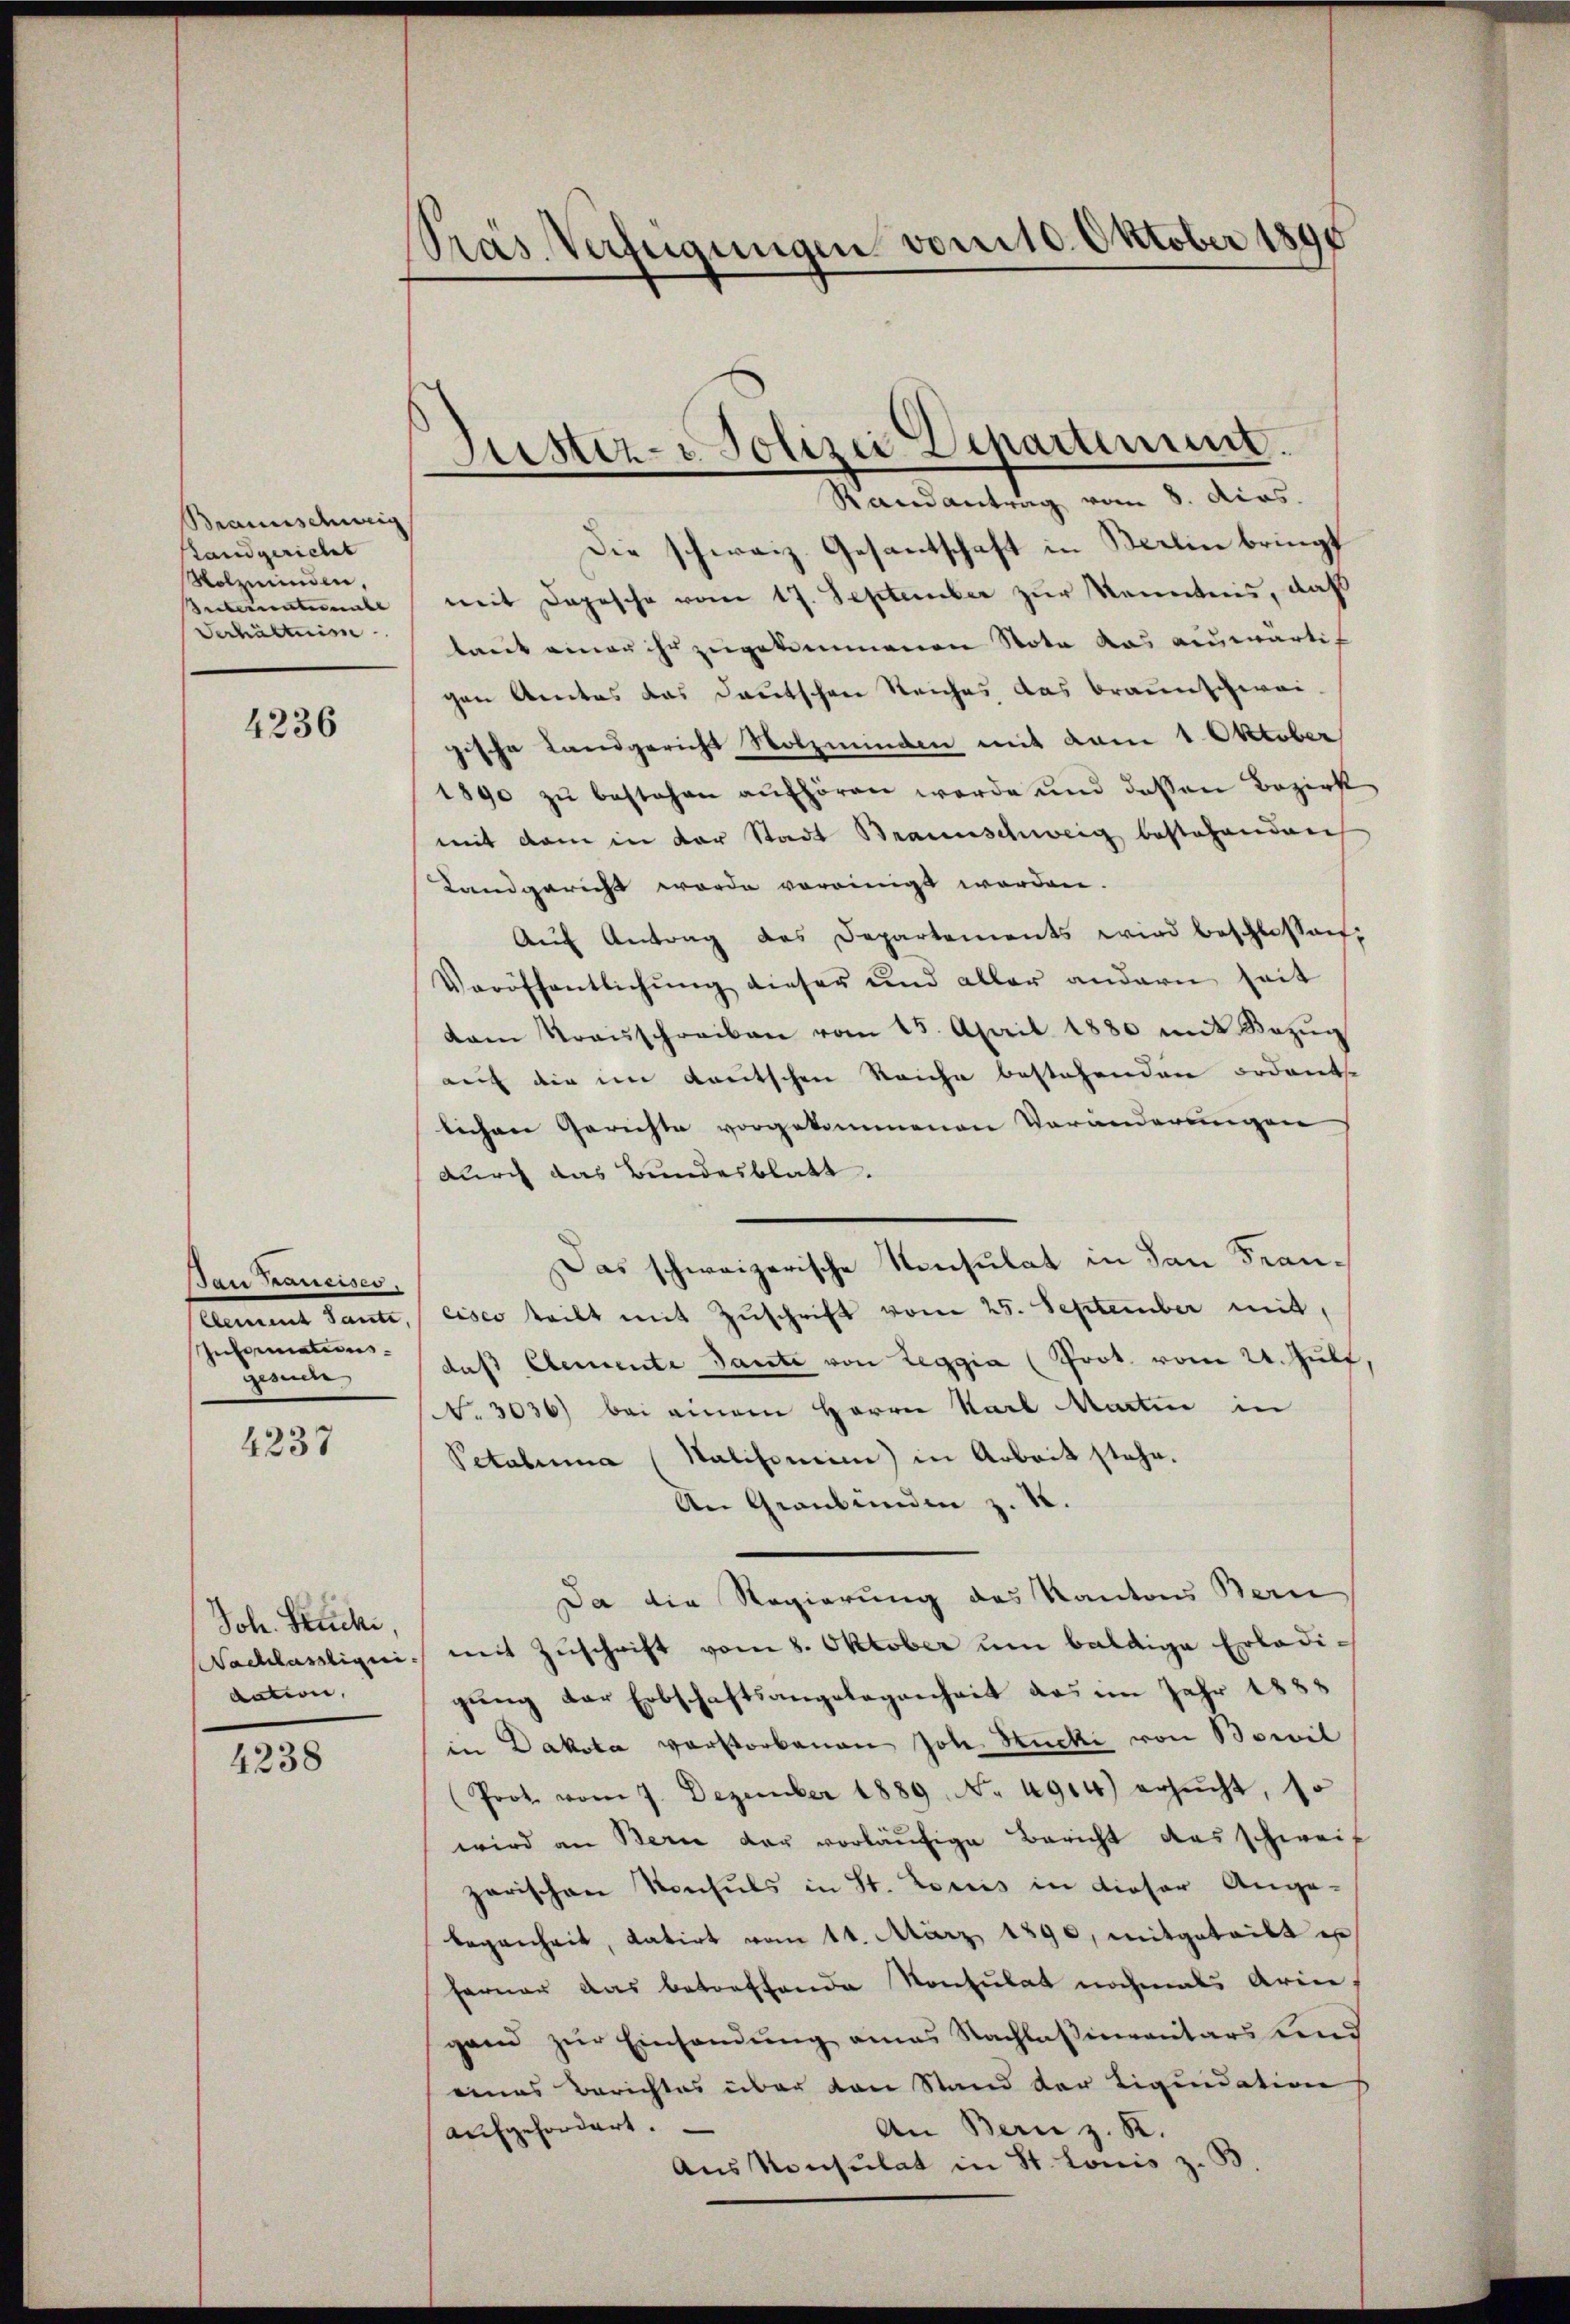
Braunschweig
Landgericht
Wolzminden,
Interuntermale |
Verhältnis

4236

Bau Kaneises,
Clement Tante,
Informations.
gesuche

4237

Joh. Stücke,
Nachlässliquidation,
4238

Präs. Verfügungen vom 10. Oktober 1890

Justiz-Polizei Departement.
Randantrag vom 8. dies

Die schweiz. Gesantschaft in Berlin bringt
mit Depesche vom 17. September zur Kenntnis, daß
taut einer ihr zugekommenen Nota das auswärtig
gen Amtes das Deutschen Reiches das Braunschwei-
gische Landgericht Nolzmünden mit vom 1. Oktober
1890 zŭ bestehen aŭfhören werde und dessen Bezirk
mit dem in der Stadt Braunschweig bestehenden
Landgericht werde vereinigt worden.
Aŭf Antrag des Departements wird beschlossen,
Veröffentlichŭng dieser und aller andern seit
dam Kraisschreiben vom 15. April 1880 mit Bezŭg
auf die im Lautschen Reiche bestehenden ordente
lichen Gerichte vorgekommenen Veränderungen
durch das Bundesblatt.
Das schweizerische Konsulat in San Francisco teilt mit Zuschrift vom 25. September mit,
das Elemente Tante von Leggia (Prot. vom 24. Juli,
No. 3036) bei einem Herrn Karl Martin in
Petabima (Salisemin) in Arbeit stehe.
An Graubünden z. K.
Da die Regierung des Kantons Bern
mit Zŭschrift vom 8. Oktober ŭm baldige Erledigung der Erbschaftsangelegenheit das im Jahr 1885
in Dakota verstorbenen Joh. Hucki von Bocil
Prot vom 7. Dezember 1889 No 4914) ersŭcht, so
wird an Bern der vorläufige Bericht das schweiz
zarischen Konsuls in St. Louis in dieser Ange-
legenheit, datirt vom 14. März 1890, mitgeteilt es
ferner das betreffende Konsulat nochmals Armine,
gand zŭr Einhandŭng amas Nachlaβimentars und
eines Berichtes über den Stand der Liquidation
aufgefordert.
An Bern z. R.
Aus Konsulat in St. Lonis z. B.